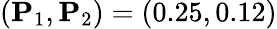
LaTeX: (\mathbf{P}_{1},\mathbf{P}_{2})=(0.25,0.12)